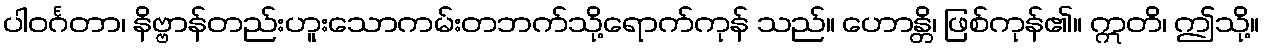
ပါဝင်္ဂတာ၊ နိဗ္ဗာန်တည်းဟူးသောကမ်းတဘက်သို့ရောက်ကုန် သည်။ ဟောန္တိ၊ ဖြစ်ကုန်၏။ ဣတိ၊ ဤသို့။